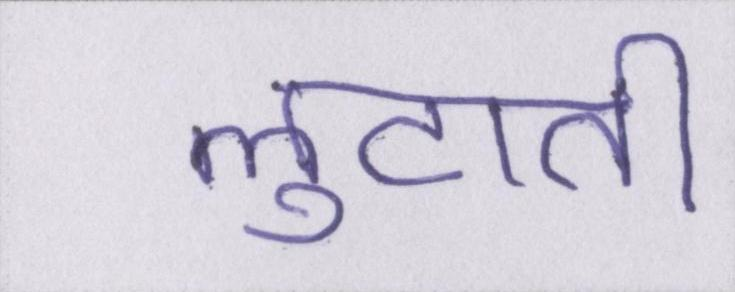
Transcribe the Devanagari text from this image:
लुटाती